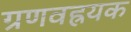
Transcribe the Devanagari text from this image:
ग्रणवह्रयक